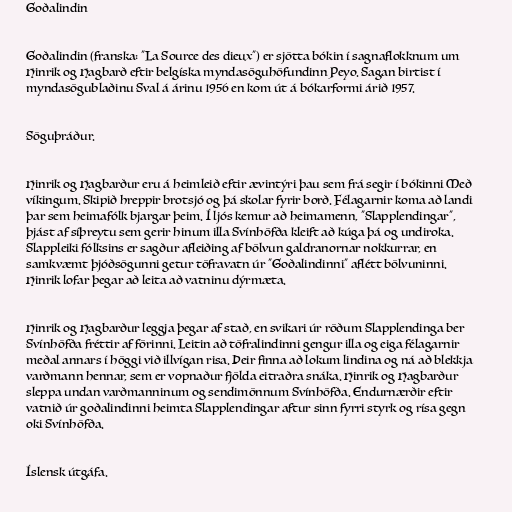
Goðalindin

Goðalindin (franska: "La Source des dieux") er sjötta bókin í sagnaflokknum um
Hinrik og Hagbarð eftir belgíska myndasöguhöfundinn Peyo. Sagan birtist í
myndasögublaðinu Sval á árinu 1956 en kom út á bókarformi árið 1957.

Söguþráður.

Hinrik og Hagbarður eru á heimleið eftir ævintýri þau sem frá segir í bókinni Með
víkingum. Skipið hreppir brotsjó og þá skolar fyrir borð. Félagarnir koma að landi
þar sem heimafólk bjargar þeim. Í ljós kemur að heimamenn, "Slapplendingar",
þjást af síþreytu sem gerir hinum illa Svínhöfða kleift að kúga þá og undiroka.
Slappleiki fólksins er sagður afleiðing af bölvun galdranornar nokkurrar, en
samkvæmt þjóðsögunni getur töfravatn úr "Goðalindinni" aflétt bölvuninni.
Hinrik lofar þegar að leita að vatninu dýrmæta.

Hinrik og Hagbarður leggja þegar af stað, en svikari úr röðum Slapplendinga ber
Svínhöfða fréttir af förinni. Leitin að töfralindinni gengur illa og eiga félagarnir
meðal annars í höggi við illvígan risa. Þeir finna að lokum lindina og ná að blekkja
varðmann hennar, sem er vopnaður fjölda eitraðra snáka. Hinrik og Hagbarður
sleppa undan varðmanninum og sendimönnum Svínhöfða. Endurnærðir eftir
vatnið úr goðalindinni heimta Slapplendingar aftur sinn fyrri styrk og rísa gegn
oki Svínhöfða.

Íslensk útgáfa.